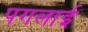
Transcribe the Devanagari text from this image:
पगलाई